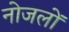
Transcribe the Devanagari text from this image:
नोजलों